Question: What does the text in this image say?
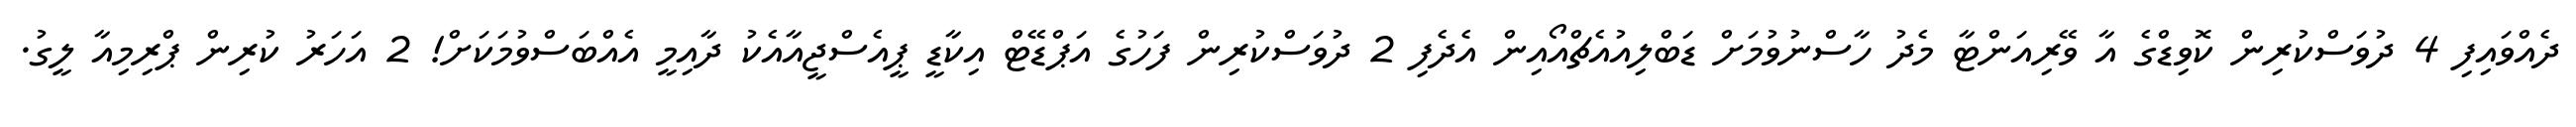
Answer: ދެއްވައިފި 4 ދުވަސްކުރިން ކޮވިޑްގެ އާ ވޭރިއަންޓާ މެދު ހާސްނުވުމަށް ޑަބްލިއުއެޗްއޯއިން އެދެފި 2 ދުވަސްކުރިން ފަހުގެ އަޕްޑޭޓް އިކާޑީ ޕީއެސްޖީއާއެކު ދާއިމީ އެއްބަސްވުމަކަށް! 2 އަހަރު ކުރިން ޕްރިމިއާ ލީގު.